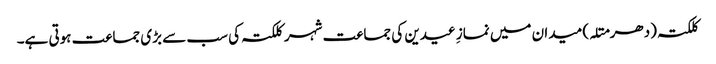
کلکتہ (دھرمتلہ) میدان میں نمازِ عیدین کی جماعت شہر کلکتہ کی سب سے بڑی جماعت ہوتی ہے۔